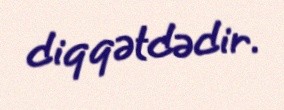
diqqətdədir.